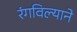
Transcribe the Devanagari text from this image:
रंगविल्याने